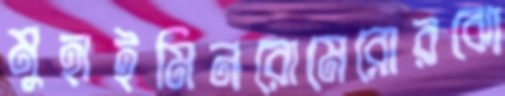
মুহাইমিনরোমেরোরঝো